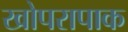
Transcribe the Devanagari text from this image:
खोपरापाक